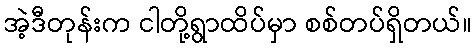
အဲ့ဒီတုန်းက ငါတို့ရွာထိပ်မှာ စစ်တပ်ရှိတယ်။